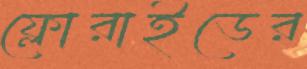
ফ্লোরাইডের